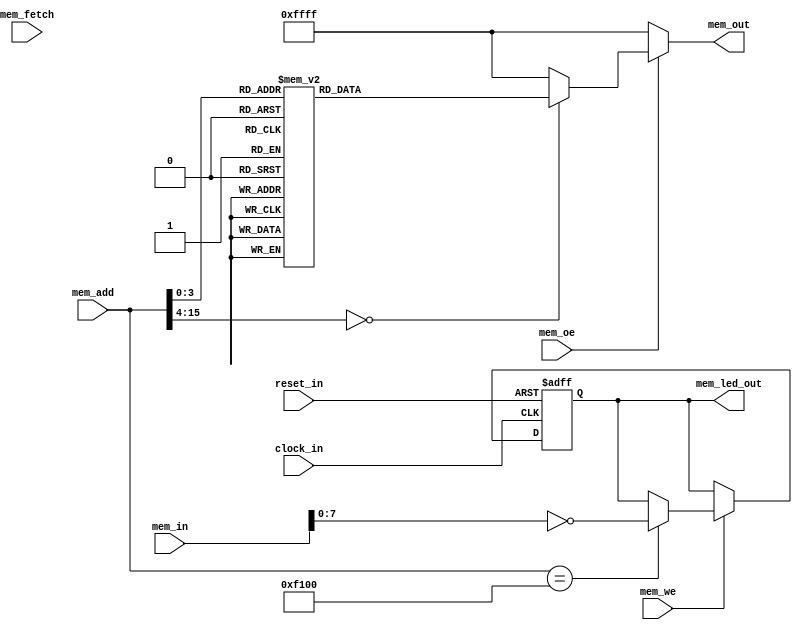
//a Note: created by CDL 1.3.6 - do not hand edit without recognizing it will be out of sync with the source
// Output mode 0 (VMOD=1, standard verilog=0)

//a Module lsa_mem
module lsa_mem
(
    clock_in,

    mem_fetch,
    mem_we,
    mem_oe,
    mem_add,
    mem_in,
    reset_in,

    mem_led_out,
    mem_out
);

    //b Clocks
    input clock_in;

    //b Inputs
    input mem_fetch;
    input mem_we;
    input mem_oe;
    input [15:0]mem_add;
    input [15:0]mem_in;
    input reset_in;

    //b Outputs
    output [7:0]mem_led_out;
    output [15:0]mem_out;

// output components here

    //b Output combinatorials
    reg [7:0]mem_led_out;
    reg [15:0]mem_out;

    //b Output nets

    //b Internal and output registers
    reg [7:0]led_out_bits;

    //b Internal combinatorials

    //b Internal nets

    //b Clock gating module instances
    //b Module instances
    //b the_code__comb combinatorial process
    always @( //the_code__comb
        mem_oe or
        mem_add or
        led_out_bits )
    begin: the_code__comb_code
    reg [15:0]mem_out__var;
        mem_out__var = 16'hffff;
        if ((mem_oe==1'h1))
        begin
            case (mem_add) //synopsys parallel_case
            16'h0: // req 1
                begin
                mem_out__var = 16'hc001;
                end
            16'h1: // req 1
                begin
                mem_out__var = 16'hc000;
                end
            16'h2: // req 1
                begin
                mem_out__var = 16'h97f1;
                end
            16'h3: // req 1
                begin
                mem_out__var = 16'h8500;
                end
            16'h4: // req 1
                begin
                mem_out__var = 16'h8800;
                end
            16'h5: // req 1
                begin
                mem_out__var = 16'h8910;
                end
            16'h6: // req 1
                begin
                mem_out__var = 16'h6889;
                end
            16'h7: // req 1
                begin
                mem_out__var = 16'hc2fe;
                end
            16'h8: // req 1
                begin
                mem_out__var = 16'h6999;
                end
            16'h9: // req 1
                begin
                mem_out__var = 16'hc2fc;
                end
            16'ha: // req 1
                begin
                mem_out__var = 16'h8910;
                end
            16'hb: // req 1
                begin
                mem_out__var = 16'h6558;
                end
            16'hc: // req 1
                begin
                mem_out__var = 16'h4758;
                end
            16'hd: // req 1
                begin
                mem_out__var = 16'hc0f8;
                end
            default: // req 1
                begin
                mem_out__var = 16'hffff;
                end
            endcase
        end //if
        mem_led_out = led_out_bits;
        mem_out = mem_out__var;
    end //always

    //b the_code__posedge_clock_in_active_low_reset_in clock process
    always @( posedge clock_in or negedge reset_in)
    begin : the_code__posedge_clock_in_active_low_reset_in__code
        if (reset_in==1'b0)
        begin
            led_out_bits <= 8'h0;
        end
        else
        begin
            if ((mem_we==1'h1))
            begin
                if ((mem_add==16'hf100))
                begin
                    led_out_bits <= ~mem_in[7:0];
                end //if
            end //if
        end //if
    end //always

endmodule // lsa_mem